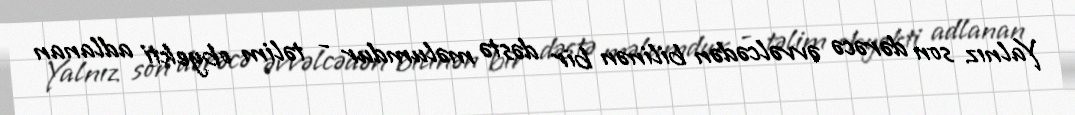
Yalnız son dərəcə əvvəlcədən bilinən bir dəstə məlumdur - təlim obyekti adlanan